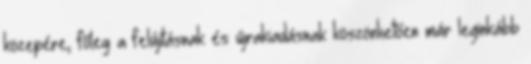
közepére, főleg a felújításnak és újrakiadásnak köszönhetően már leginkább